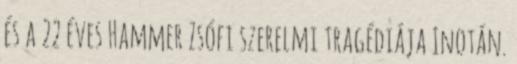
és a 22 éves Hammer Zsófi szerelmi tragédiája Inotán.